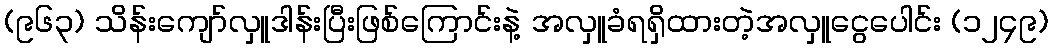
(၉၆၃) သိန်းကျော်လှူဒါန်းပြီးဖြစ်ကြောင်းနဲ့ အလှူခံရရှိထားတဲ့အလှူငွေပေါင်း (၁၂၄၉)